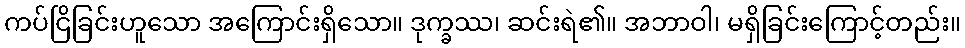
ကပ်ငြိခြင်းဟူသော အကြောင်းရှိသော။ ဒုက္ခဿ၊ ဆင်းရဲ၏။ အဘာဝါ၊ မရှိခြင်းကြောင့်တည်း။